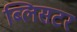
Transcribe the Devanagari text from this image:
ब्लिसटर